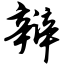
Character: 辩